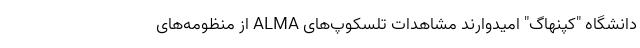
دانشگاه "کپنهاگ" امیدوارند مشاهدات تلسکوپ‌های ALMA از منظومه‌های